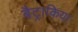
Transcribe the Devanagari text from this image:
बैट्राकिया